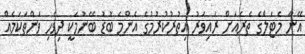
އޭނާ މެޓަލްގެ ތެރެއަށް ރައިވަރު އިތުރުކުރުމުގެ އެންމެ ބޮޑު ބޭނުމަކީ ދިވެހި ވަންތަކަމެއް